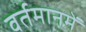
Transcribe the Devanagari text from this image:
वर्तमानमें